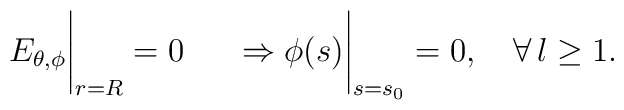
\left.\phantom{\frac{1}{\mu_2}} E_{\theta, \phi}\right|_{r=R}    = 0 \left.\phantom{\frac{1}{\mu_2}}  \Rightarrow    \phi(s)\right|_{s=s_0}=0 , \quad \forall \, l \geq 1.